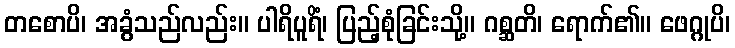
တစောပိ၊ အခွံသည်လည်း။ ပါရိပူရိံ၊ ပြည့်စုံခြင်းသို့။ ဂစ္ဆတိ၊ ရောက်၏။ ဖေဂ္ဂုပိ၊